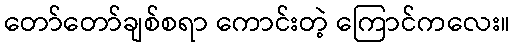
တော်တော်ချစ်စရာ ကောင်းတဲ့ ကြောင်ကလေး။